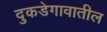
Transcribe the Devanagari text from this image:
दुकडेगावातील